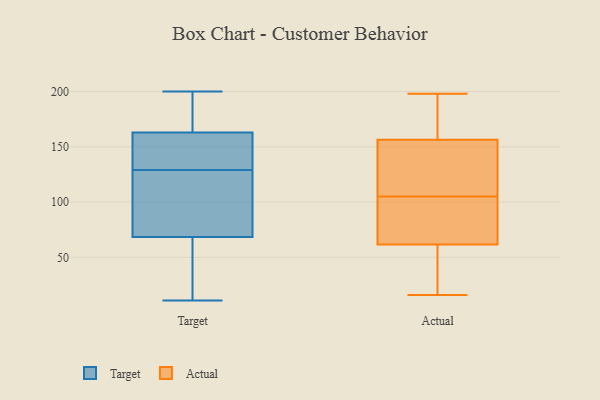
{"axis": {"x": "Bounce Rate (%)", "y": "Value"}, "legend": ["Actual", "Target"], "data": [{"x": "", "y": 71, "type": "Target"}, {"x": "", "y": 12, "type": "Target"}, {"x": "", "y": 138, "type": "Target"}, {"x": "", "y": 148, "type": "Target"}, {"x": "", "y": 168, "type": "Target"}, {"x": "", "y": 129, "type": "Target"}, {"x": "", "y": 70, "type": "Target"}, {"x": "", "y": 54, "type": "Target"}, {"x": "", "y": 131, "type": "Target"}, {"x": "", "y": 68, "type": "Target"}, {"x": "", "y": 11, "type": "Target"}, {"x": "", "y": 111, "type": "Target"}, {"x": "", "y": 195, "type": "Target"}, {"x": "", "y": 194, "type": "Target"}, {"x": "", "y": 200, "type": "Target"}, {"x": "", "y": 111, "type": "Actual"}, {"x": "", "y": 65, "type": "Actual"}, {"x": "", "y": 105, "type": "Actual"}, {"x": "", "y": 22, "type": "Actual"}, {"x": "", "y": 185, "type": "Actual"}, {"x": "", "y": 81, "type": "Actual"}, {"x": "", "y": 187, "type": "Actual"}, {"x": "", "y": 58, "type": "Actual"}, {"x": "", "y": 54, "type": "Actual"}, {"x": "", "y": 105, "type": "Actual"}, {"x": "", "y": 16, "type": "Actual"}, {"x": "", "y": 140, "type": "Actual"}, {"x": "", "y": 173, "type": "Actual"}, {"x": "", "y": 115, "type": "Actual"}, {"x": "", "y": 198, "type": "Actual"}, {"x": "", "y": 87, "type": "Actual"}]}